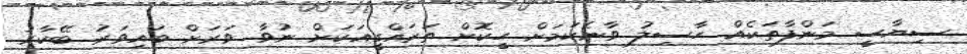
ސިޔާސީ މަންފާތަކެއް ހާސިލު ވާނެކަމަށް ހީކޮށް ތަރައްގީއަކަށް ނުވާ ވަރަށް ބައިވަރު ބޭކާރު